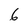
Character: 6